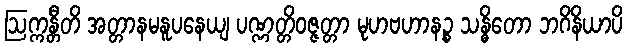
ဩက္ကန္တီတိ အတ္တာနမနူပနေယျ ပဏ္ဏတ္တိဝဇ္ဇတ္တာ မုဟဗဟာနဉ္စ သန္ဓိတော ဘဂိနိယာပိ